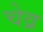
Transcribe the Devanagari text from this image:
चेव्र